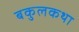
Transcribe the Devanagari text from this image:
बकुलकथा